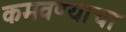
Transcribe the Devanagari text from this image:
कमवण्याचा